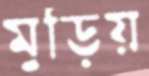
মুড়িয়